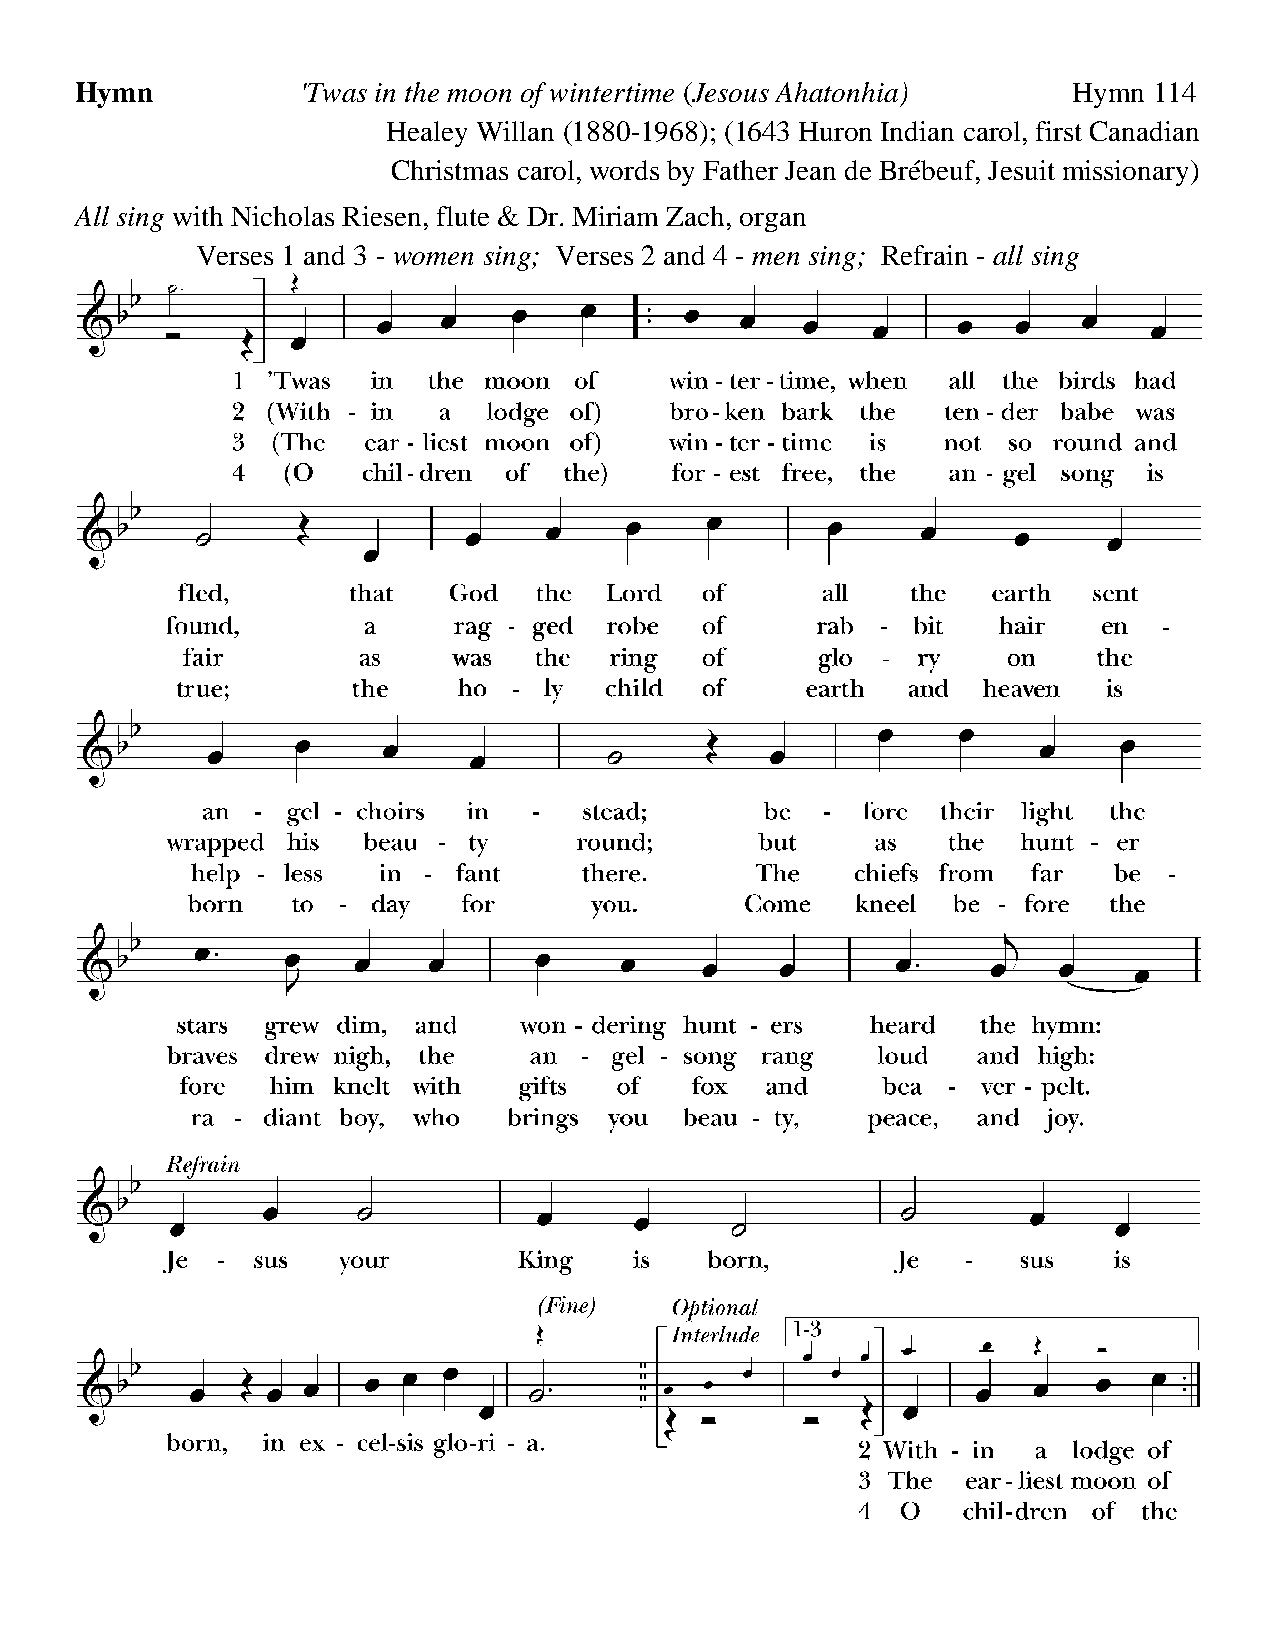
Hymn           'Twas in the moon of wintertime (Jesous Ahatonhia) Hymn 114
 Healey Willan (1880-1968); (1643 Huron Indian carol, first Canadian
 Christmas carol, words by Father Jean de Brébeuf, Jesuit missionary)
 All sing with Nicholas Riesen, flute & Dr. Miriam Zach, organ
 Verses 1 and 3 - women sing; Verses 2 and 4 - men sing; Refrain - all sing